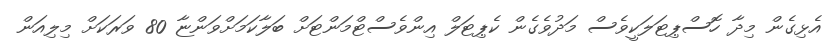
އެޅިގެން މިދާ ހޮސްޕިޓަލަކީވެސް މަދުވެގެން ކެޕިޓަލް އިންވެސްޓްމަންޓަށް ބަލާކަމަށްވަންޏާ 80 ވަރަކަށް މިލިއަން